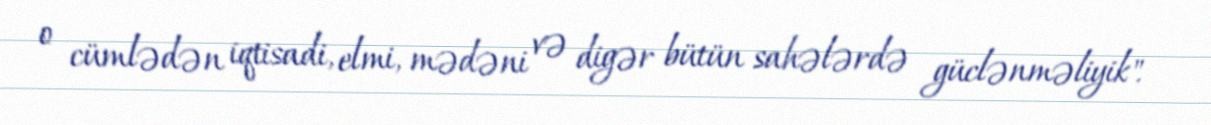
o cümlədən iqtisadi, elmi, mədəni və digər bütün sahələrdə güclənməliyik".